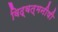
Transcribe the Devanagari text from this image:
विद्वत्मनीषी